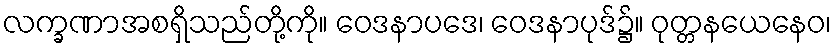
လက္ခဏာအစရှိသည်တို့ကို။ ဝေဒနာပဒေ၊ ဝေဒနာပုဒ်၌။ ဝုတ္တနယေနေဝ၊